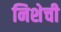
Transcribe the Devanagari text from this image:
निशेची